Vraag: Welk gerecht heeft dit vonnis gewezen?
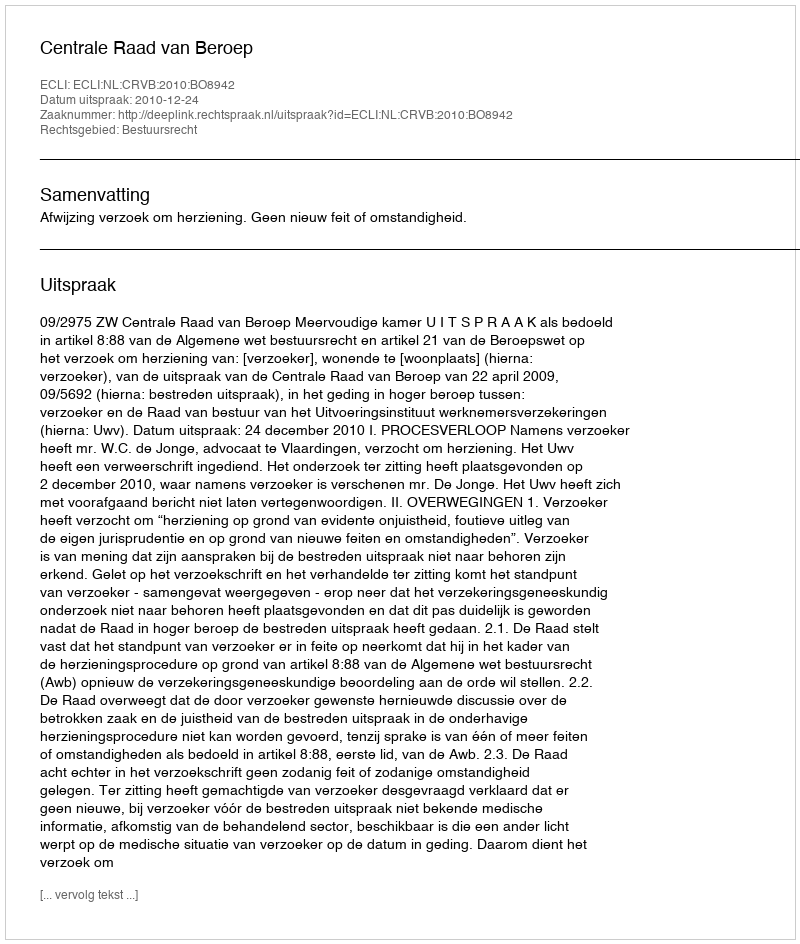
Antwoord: Centrale Raad van Beroep